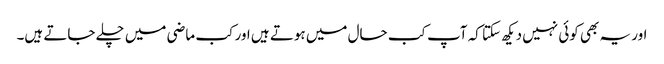
اور یہ بھی کوئی نہیں دیکھ سکتا کہ آپ کب حال میں ہوتے ہیں اور کب ماضی میں چلے جاتے ہیں۔